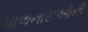
પાળનારાઓની